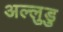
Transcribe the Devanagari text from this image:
अल्लुडु